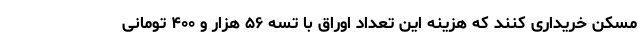
مسکن خریداری کنند که هزینه این تعداد اوراق با تسه ۵۶ هزار و ۴۰۰ تومانی